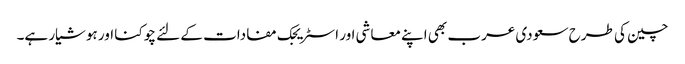
چین کی طرح سعودی عرب بھی اپنے معاشی اور اسٹریجک مفادات کے لئے چوکنا اور ہوشیار ہے۔